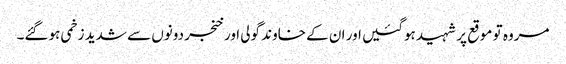
مروہ تو موقع پر شہید ہوگئیں اور ان کے خاوند گولی اور خنجر دونوں سے شدید زخمی ہوگئے۔